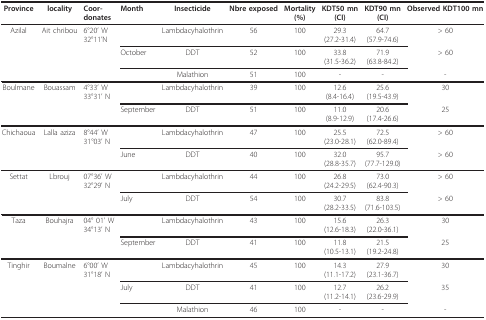
<table><thead><tr><td><b>Province</b></td><td><b>locality</b></td><td><b>Coor-donates</b></td><td><b>Month</b></td><td><b>Insecticide</b></td><td><b>Nbre exposed</b></td><td><b>Mortality(%)</b></td><td><b>KDT50 mn(CI)</b></td><td><b>KDT90 mn(CI)</b></td><td><b>Observed KDT100 mn</b></td></tr></thead><tbody><tr><td>Azilal</td><td>Ait chribou</td><td>6°20' W32°11'N</td><td>[EMPTY_CELL]</td><td>Lambdacyhalothrin</td><td>56</td><td>100</td><td>29.3(27.2-31.4)</td><td>64.7(57.9-74.6)</td><td>&gt; 60</td></tr><tr><td>[EMPTY_CELL]</td><td>[EMPTY_CELL]</td><td>[EMPTY_CELL]</td><td>October</td><td>DDT</td><td>52</td><td>100</td><td>33.8(31.5-36.2)</td><td>71.9(63.8-84.2)</td><td>&gt; 60</td></tr><tr><td>[EMPTY_CELL]</td><td>[EMPTY_CELL]</td><td>[EMPTY_CELL]</td><td>[EMPTY_CELL]</td><td>Malathion</td><td>51</td><td>100</td><td>-</td><td>-</td><td>-</td></tr><tr><td>Boulmane</td><td>Bouassam</td><td>4°33' W33°31' N</td><td>[EMPTY_CELL]</td><td>Lambdacyhalothrin</td><td>39</td><td>100</td><td>12.6(8.4-16.4)</td><td>25.6(19.5-43.9)</td><td>30</td></tr><tr><td>[EMPTY_CELL]</td><td>[EMPTY_CELL]</td><td>[EMPTY_CELL]</td><td>September</td><td>DDT</td><td>51</td><td>100</td><td>11.0(8.9-12.9)</td><td>20.6(17.4-26.6)</td><td>25</td></tr><tr><td>Chichaoua</td><td>Lalla aziza</td><td>8°44' W31°03' N</td><td>[EMPTY_CELL]</td><td>Lambdacyhalothrin</td><td>47</td><td>100</td><td>25.5(23.0-28.1)</td><td>72.5(62.0-89.4)</td><td>&gt; 60</td></tr><tr><td>[EMPTY_CELL]</td><td>[EMPTY_CELL]</td><td>[EMPTY_CELL]</td><td>June</td><td>DDT</td><td>40</td><td>100</td><td>32.0(28.8-35.7)</td><td>95.7(77.7-129.0)</td><td>&gt; 60</td></tr><tr><td>Settat</td><td>Lbrouj</td><td>07°36' W32°29' N</td><td>[EMPTY_CELL]</td><td>Lambdacyhalothrin</td><td>44</td><td>100</td><td>26.8(24.2-29.5)</td><td>73.0(62.4-90.3)</td><td>&gt; 60</td></tr><tr><td>[EMPTY_CELL]</td><td>[EMPTY_CELL]</td><td>[EMPTY_CELL]</td><td>July</td><td>DDT</td><td>54</td><td>100</td><td>30.7(28.2-33.5)</td><td>83.8(71.6-103.5)</td><td>&gt; 60</td></tr><tr><td>Taza</td><td>Bouhajra</td><td>04° 01' W34°13' N</td><td>[EMPTY_CELL]</td><td>Lambdacyhalothrin</td><td>43</td><td>100</td><td>15.6(12.6-18.3)</td><td>26.3(22.0-36.1)</td><td>30</td></tr><tr><td>[EMPTY_CELL]</td><td>[EMPTY_CELL]</td><td>[EMPTY_CELL]</td><td>September</td><td>DDT</td><td>41</td><td>100</td><td>11.8(10.5-13.1)</td><td>21.5(19.2-24.8)</td><td>25</td></tr><tr><td>Tinghir</td><td>Boumalne</td><td>6°00' W31°18' N</td><td>[EMPTY_CELL]</td><td>Lambdacyhalothrin</td><td>45</td><td>100</td><td>14.3(11.1-17.2)</td><td>27.9(23.1-36.7)</td><td>30</td></tr><tr><td>[EMPTY_CELL]</td><td>[EMPTY_CELL]</td><td>[EMPTY_CELL]</td><td>July</td><td>DDT</td><td>41</td><td>100</td><td>12.7(11.2-14.1)</td><td>26.2(23.6-29.9)</td><td>35</td></tr><tr><td>[EMPTY_CELL]</td><td>[EMPTY_CELL]</td><td>[EMPTY_CELL]</td><td>[EMPTY_CELL]</td><td>Malathion</td><td>46</td><td>100</td><td>-</td><td>-</td><td>-</td></tr></tbody></table>